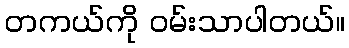
တကယ်ကို ဝမ်းသာပါတယ်။